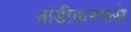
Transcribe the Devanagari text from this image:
ब्रांडीकरणसे